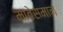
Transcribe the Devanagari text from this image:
मातेसमान